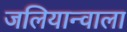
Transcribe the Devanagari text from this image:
जलियान्वाला